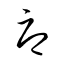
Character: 辱